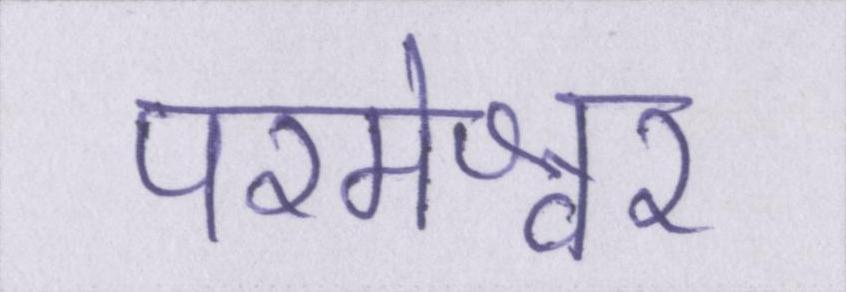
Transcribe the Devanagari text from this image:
परमेश्वर